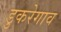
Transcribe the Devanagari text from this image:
डुकरेगाव